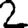
Digit: 2